Annual report on the working of the lock hospitals in the Central Provinces
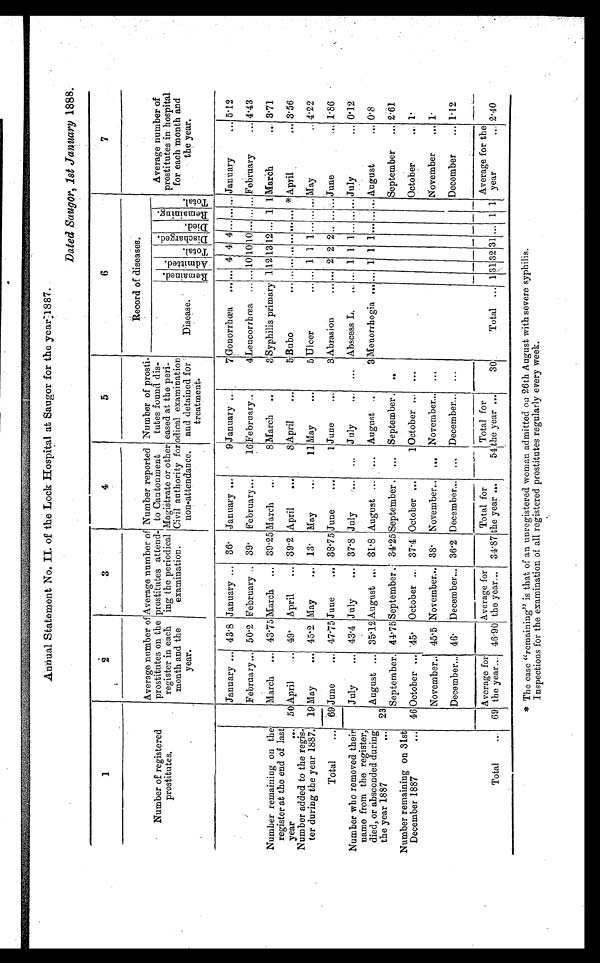
Annual Statement No. II . of the Lock Hospital at Saugor for the year 1887.
Dated Saugor, 1st January 1888.
1
2
3
4
5
6
7
Record of diseases.
Number of registered
p r o s t i t u t e s .
Average number of
prostitutes on the
register in each
month and the
year.
Average number of
prostitutes attend-
ing the periodical
examination.
Number reported
to Cantonment
Magistrate or other
Civil authority for
non-attendance.
Number of prosti-
tutes found dis-
eased at the peri-
odical examination
and detained for
treatment.
Disease.
Remained
Admited.
Total
D i s c h a r g e d .
Died.
Remai ni ng
Total.
Average number of
prostitutes in hospital
for each month and
the year.
January ... 43.8 January ... 36. January ...
9 January ...
7 Gonorrhœa
...
...
4 4 4
... ... ... January
... 5.12
February ... 50.2 February .. 39.
February ... 16
February ...
4 Leucorrhœa ... ... 10 10 10 ... ... ... February
... 4.43
Number remaining on the
register at the end of last
year
...
Number added to the regis-
ter during the year 1887.
March
... 43.75 March
... 39.25 March
...
8 March
..
3 Syphilis primary 1 12 13 12 ... 1 1 March
..
3.71
50 April
... 49.
April
... 39.2 April
...
8 April
...
5 Bubo ...
... ... ... ... ... ... *
Apri l . . . 3.56
19 May
... 45.2 May
... 13.
May
...
11 May
...
5 Ulcer
... ...
1 1 1 ... ... ... May
.. 4.22
Total
...
69 June
... 47.75 June
... 38.75 June
... 1
June ...
3
Abrasion ...
... 2 2 2 .. ... ... June
... 1.86
Number who removed their
name from the register,
died, or absconded during
the year1887
July
... 43.4 July
... 37.8 July
. . .
. . . J uly ...
...
Abscess L. ... ... 1 1 1 ... ... ... July
... 0.12
23
August ... 35.12 August ... 31.8 August ...
August ..
3 Menorrhogia ... ... 1 1 1 ... ... ... August
... 0.8
year
...
September. 44.75 September ... 34.25 September ...
. . . September ... ...
September
... 2.61
Number remaining on 31st
December 1887
... 46 October ... 45. October ... 37.4 October ...
1 October ... ...
October
... 1.
November.. 45.5 November... 38. November...
. . . November...
. . .
November
... 1.
December... 46. December... 36.2 December... ... December... ...
December
... 1.12
Total
... 69
Average for
the year... 46.90
Average for
the year...
Total for
the year ...
54
Total for the year ...
30
Total ... 1 31 32 31 ... 1
2.40
34.87
1
Average for the
year
...
* T h e c a s e " r e m a i n i n g " i s t h a t o f a n u n r e g i s t e r e d w o m a n a d m i t t e d o n 2 6 t h A u g u s t w i t h s e v e r e s y p h i l i s .
Inspections for the examination of all registered prostitutes regularly every week.